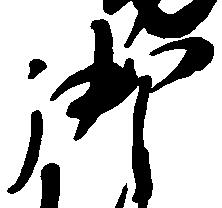
御